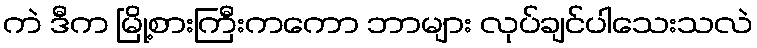
ကဲ ဒီက မြို့စားကြီးကကော ဘာများ လုပ်ချင်ပါသေးသလဲ